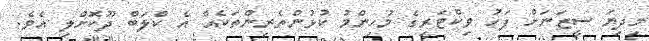
މިދިޔަ ސީޒަނަށް ފަހު ވިކްޓަރީގެ މުހިންމު ކުޅުންތެރިންތަކެއް އެ ކްލަބް ދޫކޮށްލި އެވެ.